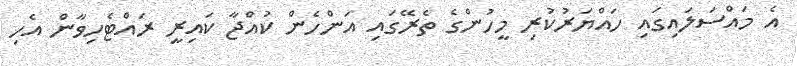
އެ މައްސަލައިގައި ހައްޔަރުކުރި މީހުންގެ ތެރޭގައި އަންހެން ކުއްޖާ ކައިރީ ރައްޓެހިވާން އެހި